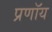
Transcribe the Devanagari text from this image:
प्रणॉय